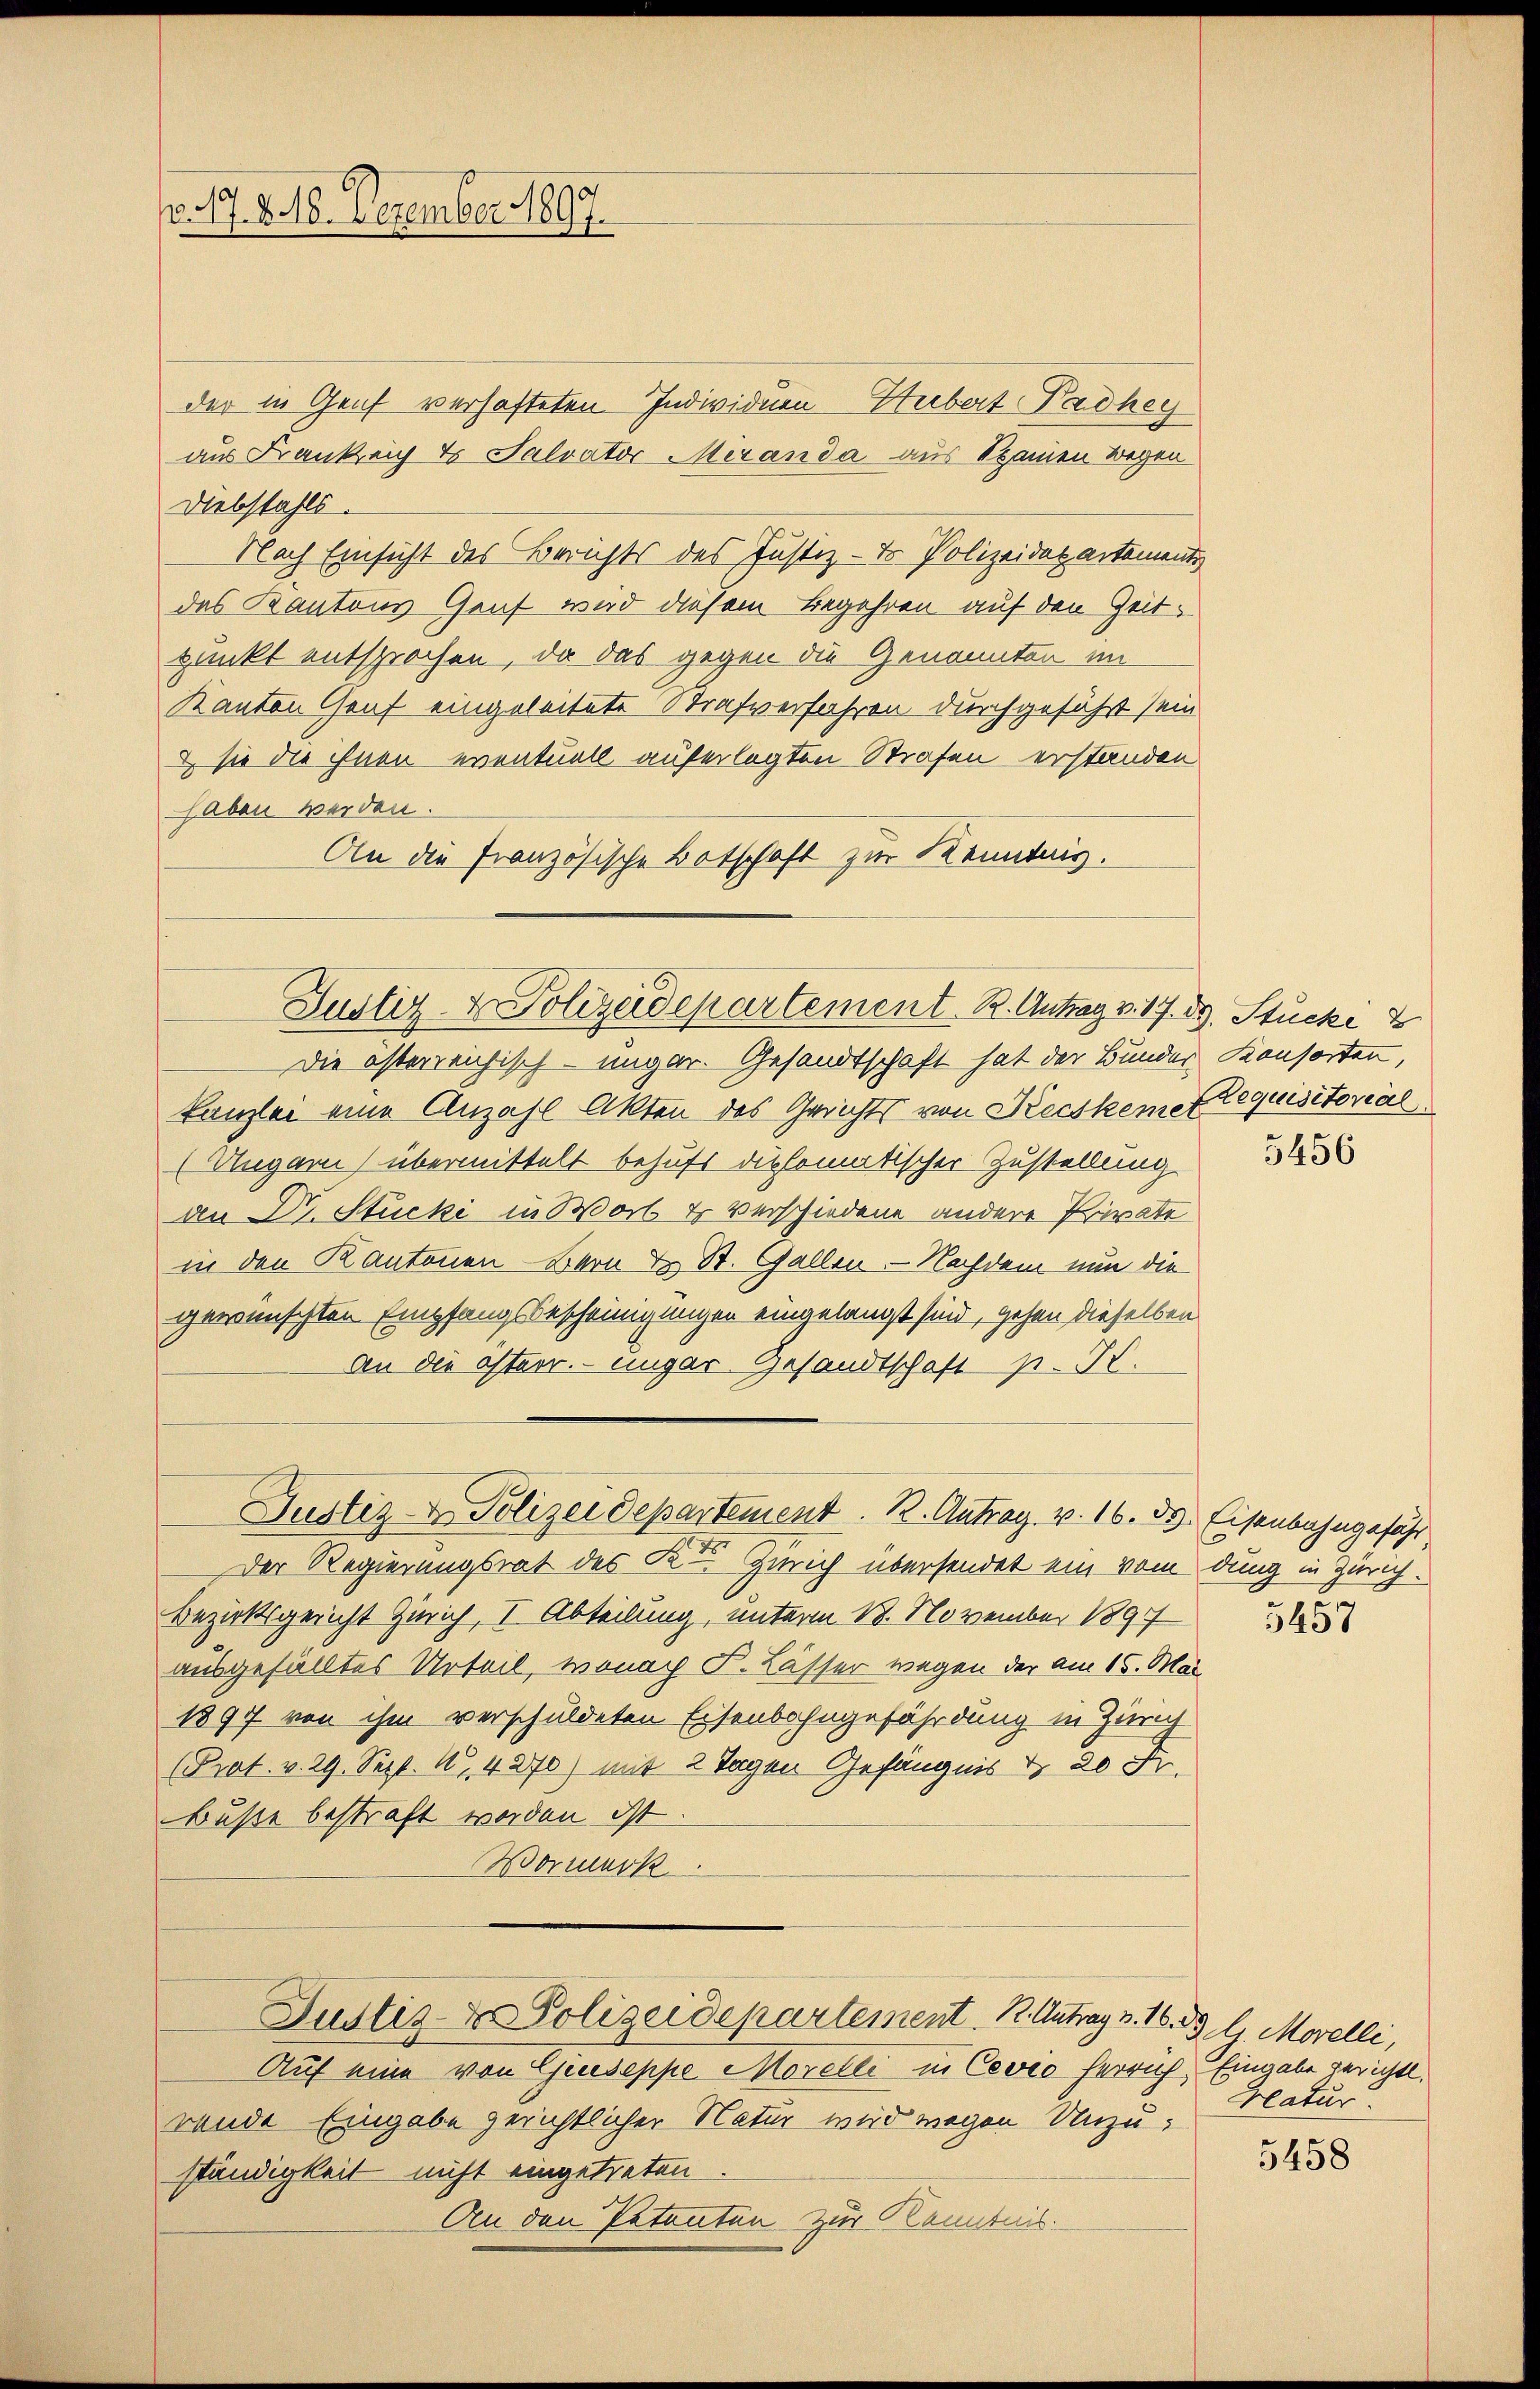
v. 17. 8. 18. Dezember 1897.

der in Genf verhafteten Individuen Herbert Badhey
aus Frankreich t Salvator Meranda aus kamen wegen
Diebstahls.
Nach Einsicht des Berichts des Justiz- & Polizeidepartements
das Kantons Genf wird diesem Begehren auf den Zeitpunkt entsprochen, da das gegen die Genannten im
Kanton Graf eingeleitete Strafverfahren durchgeführt sein
& sie die ihnen eventuell auferlegten Strafen erstanden
haben werden.
An die französische Botschaft zur Kenntnis.
Justiz- & Polizeidepartement. R. Antrag v. 17. d. Stücke d
Die österreichisch-ungar. Gesandtschaft hat der Bunder Konsorten,
kanzlei eine Anzahl Akten des Gerichts von Keiskemet requisitorial
Ungari) übermittelt behufs diplomatischer Zustellung
an Dr. Stucki in Wort & verschiedene andere Private
in den Kantonen-Bern E. St. Gallen. Nachdem nun die
gewünschten Empfangsbescheinigungen eingelangt sind, gehen dieselben
an die österr. ungar. Gesandtschaft p. K.

Der Regierungsrat des R. — Zürich übersendet ein vom dung in Zürich¬
Bezirksgericht Zürich, I Abteilung, unterm 18. November 1897
ausgefälltes Urteil, wonach S. Lässer wegen der am 15. Mai
1897 von ihm verschuldeten Eisenbahngefährdung in Zürich
(Prat. v. 29. Sept. 18, 4270) mit 2 Tagen Gefängnis d. 20 Fr.
Buße bestraft worden ist
Wormerk

Justiz & Polizeidepartement. B. Antrag v. 16. ds Eisenbahngeführ

Justiz- & Polizeidepartement. B. Antrag v. 16. 33 l. Morelli,

Auf eine von Giuseppe Morelli in Cović herrich. Eingabe gerichtl.
rende Eingabe gerichtlicher Natur wird wegen Unzu-
ständigkeit nicht eingetreten.
An den Petenten zur Kenntnis.

5456

3457

Hlatur.

5458